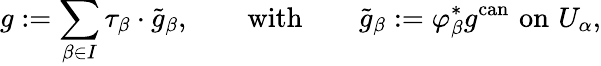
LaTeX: g:=\sum_{\beta\in I}\tau_{\beta}\cdot{\tilde{g}}_{\beta},\qquad{\mathrm{with}}\qquad{\tilde{g}}_{\beta}:=\varphi_{\beta}^{*}g^{\mathrm{can}}\, \, {\mathrm{on}}\, \, U_{\alpha},